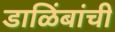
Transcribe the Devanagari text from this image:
डाळिंबांची